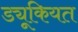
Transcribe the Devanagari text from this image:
ड्यूकियत